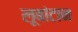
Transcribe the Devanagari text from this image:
लूबांटान